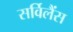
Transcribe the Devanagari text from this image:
सर्विलैंस